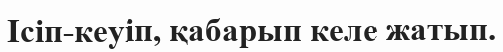
Ісіп-кеуіп, қабарып келе жатып.